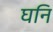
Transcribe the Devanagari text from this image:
घनि